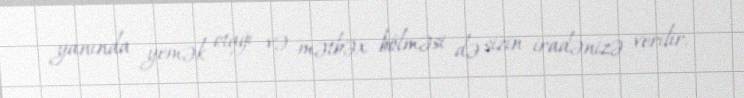
yanında yemək otağı və mətbəx bölməsi də sizin iradənizə verilir.